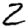
Digit: 2